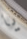
يا